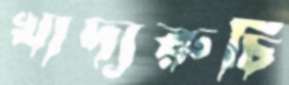
খাদ্যরুচি